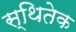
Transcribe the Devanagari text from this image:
स्थितेक